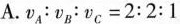
A.$$\nu _{A}:\nu _{B}:\nu _{C}=2:2:1$$